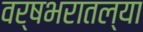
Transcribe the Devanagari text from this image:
वर्षभरातल्या